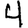
Digit: 4